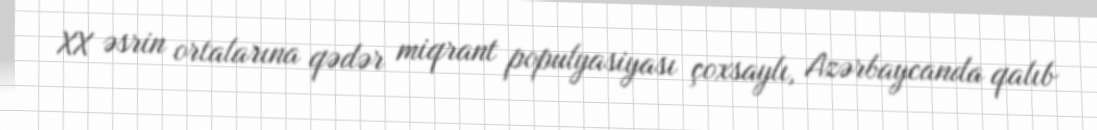
XX əsrin ortalarına qədər miqrant populyasiyası çoxsaylı, Azərbaycanda qalıb